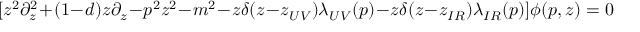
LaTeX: [ z ^ { 2 } \partial _ { z } ^ { 2 } + ( 1 - d ) z \partial _ { z } - p ^ { 2 } z ^ { 2 } - m ^ { 2 } - z \delta ( z - z _ { U V } ) \lambda _ { U V } ( p ) - z \delta ( z - z _ { I R } ) \lambda _ { I R } ( p ) ] \phi ( p , z ) = 0